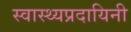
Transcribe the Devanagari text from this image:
स्वास्थ्यप्रदायिनी